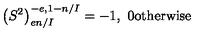
\left( S ^ { 2 } \right) _ { e n / I } ^ { - e , 1 - n / I } = - 1 , \ 0 \mathrm { o t h e r w i s e }